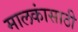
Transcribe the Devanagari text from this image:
मालकांसाठी